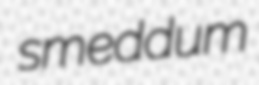
smeddum